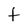
Character: f